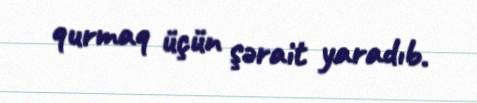
qurmaq üçün şərait yaradıb.